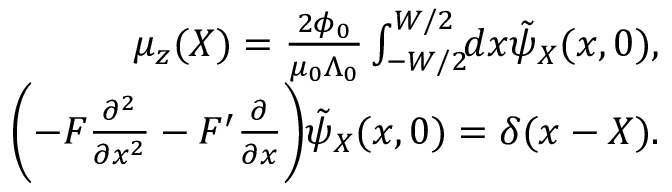
\begin{array} { r l r } & { } & { \mu _ { z } ( X ) = \frac { 2 \phi _ { 0 } } { \mu _ { 0 } \Lambda _ { 0 } } \int _ { - W / 2 } ^ { W / 2 } \! \! d x \tilde { \psi } _ { X } ( x , 0 ) , } \\ & { } & { \biggl ( - F \frac { \partial ^ { 2 } } { \partial x ^ { 2 } } - F ^ { \prime } \frac { \partial } { \partial x } \biggr ) \tilde { \psi } _ { X } ( x , 0 ) = \delta ( x - X ) . } \end{array}